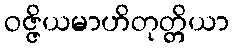
ဝဇ္ဇိယမာဟိတုတ္တိယာ